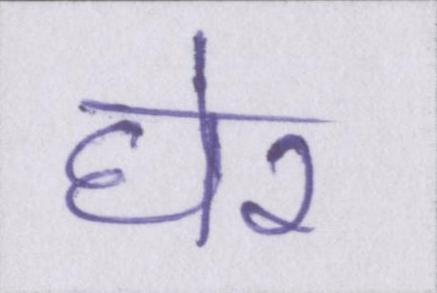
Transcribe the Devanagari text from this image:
घेर